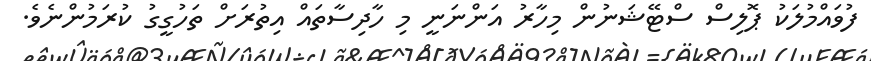
ފުވައްމުލަކު ޕޮލިސް ސްޓޭޝަނުން މިހާރު އަންނަނީ މި ހާދިސާތައް އިތުރަށް ތަހުގީގު ކުރަމުންނެވެ.